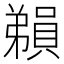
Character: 𪫃